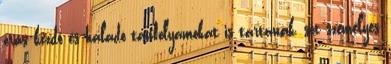
órás kezdő és haladó tanfolyamokat is tartanak, sőt személyes